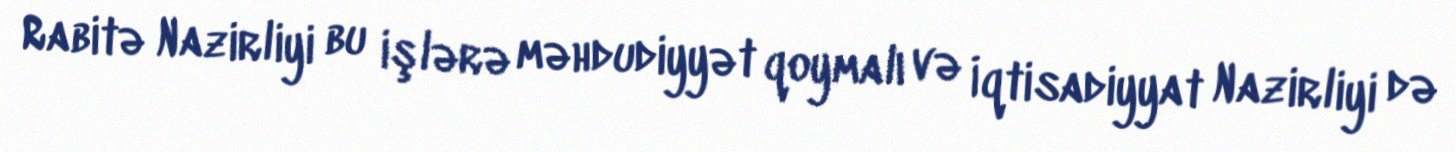
Rabitə Nazirliyi bu işlərə məhdudiyyət qoymalı və İqtisadiyyat Nazirliyi də